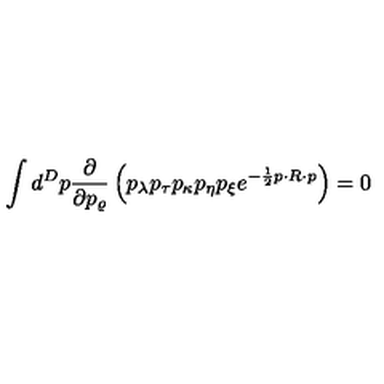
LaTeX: \int d ^ { D } p \frac { \partial } { \partial p _ { \varrho } } \left( p _ { \lambda } p _ { \tau } p _ { \kappa } p _ { \eta } p _ { \xi } e ^ { - \frac { 1 } { 2 } p \cdot R \cdot p } \right) = 0